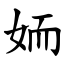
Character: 䎟